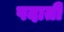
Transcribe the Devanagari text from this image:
पदाती